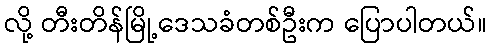
လို့ တီးတိန်မြို့ဒေသခံတစ်ဦးက ပြောပါတယ်။